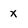
Character: X